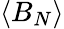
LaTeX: \langle B_{N}\rangle